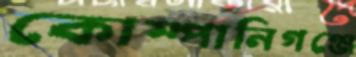
কোম্পানিগঞ্জে